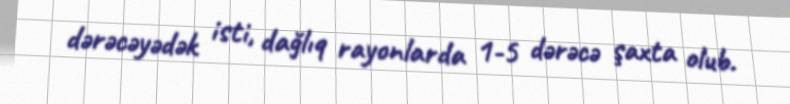
dərəcəyədək isti, dağlıq rayonlarda 1-5 dərəcə şaxta olub.